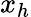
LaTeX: x_{h}